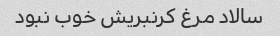
سالاد مرغ کرنبریش خوب نبود